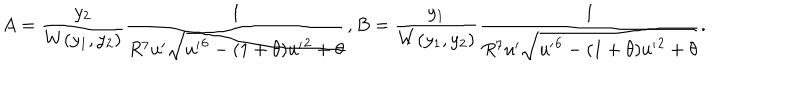
A = \frac { y _ { 2 } } { W ( y _ { 1 } , y _ { 2 } ) } \frac { 1 } { R ^ { 7 } u ^ { \prime } \sqrt { { u ^ { \prime } } ^ { 6 } - ( 1 + \theta ) { u ^ { \prime } } ^ { 2 } + \theta } } , B = \frac { y _ { 1 } } { W ( y _ { 1 } , y _ { 2 } ) } \frac { 1 } { R ^ { 7 } u ^ { \prime } \sqrt { { u ^ { \prime } } ^ { 6 } - ( 1 + \theta ) { u ^ { \prime } } ^ { 2 } + \theta } } .